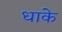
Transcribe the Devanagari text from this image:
धाके